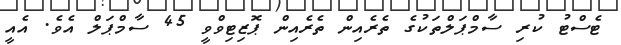
ޓެސްޓު ކުރި ސާމްޕަލްތަކުގެ ތެރެއިން ތެރެއިން ޕޮޒިޓިވްވީ 45 ސާމްޕަލް އެވެ. އެއީ